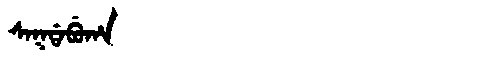
Manchu: ᠰᠠᡴᡩᠠᠪᡠᡥᠠ
Romanization: SAKDABUHA